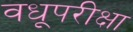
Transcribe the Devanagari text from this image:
वधूपरीक्षा